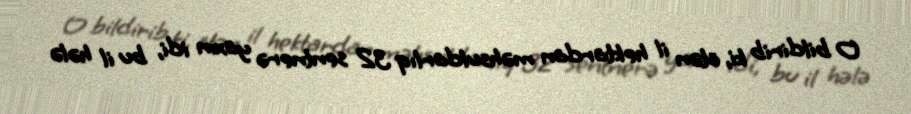
O bildirib ki, ötən il hektardan məhsuldarlıq 32 sentnerə yaxın idi, bu il hələ